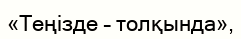
«Теңізде – толқында»,